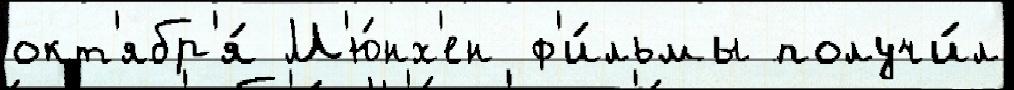
окт'ябр'я́ М'ю́нх'ен ф'и́льмы получи́л